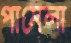
পামেলা